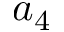
a _ { 4 }